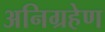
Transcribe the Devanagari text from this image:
अनिग्रहेण